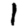
Digit: 1